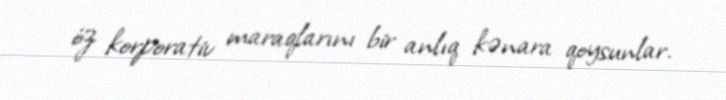
öz korporativ maraqlarını bir anlıq kənara qoysunlar.